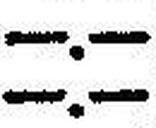
—.—